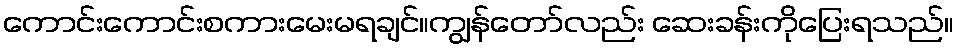
ကောင်းကောင်းစကားမေးမရချင်။ကျွန်တော်လည်း ဆေးခန်းကိုပြေးရသည်။